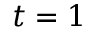
t = 1